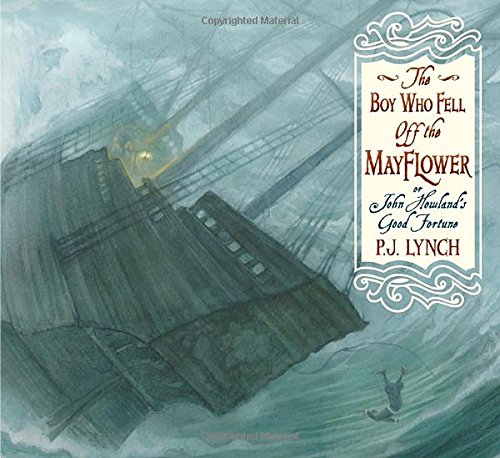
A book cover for The Boy Who Fell Off the Mayflower, or John Howland's Good Fortune; P. J. Lynch; Children's Books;